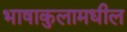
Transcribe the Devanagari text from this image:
भाषाकुलामधील